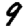
Digit: 9